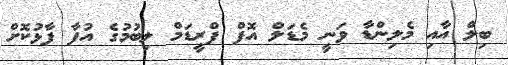
ބިލް އާއި މެލިންޑާ ވަނީ މެޑަލް އޮފް ފްރީޑަމް ލިބުމުގެ އުފާ ފާޅުކޮށް